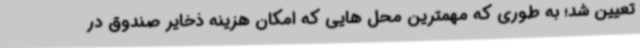
تعیین شد؛ به طوری که مهمترین محل هایی که امکان هزینه ذخایر صندوق در